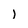
Character: l